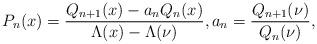
LaTeX: \begin{gather*}P_n(x) = \frac{Q_{n+1}(x)-a_n Q_n(x)}{\Lambda(x)-\Lambda(\nu)},a_n = \frac{Q_{n+1}(\nu)}{Q_n(\nu)},\end{gather*}